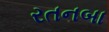
રતનબા